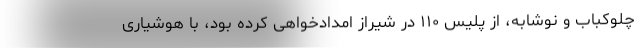
چلوکباب و نوشابه، از پلیس ۱۱۰ در شیراز امدادخواهی کرده بود، با هوشیاری